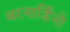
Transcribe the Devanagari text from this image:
बरनार्डिनो